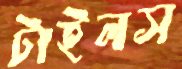
টাইলস